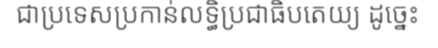
ជាប្រទេសប្រកាន់លទ្ធិប្រជាធិបតេយ្យ ដូច្នេះ